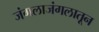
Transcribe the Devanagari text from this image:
जंगलाजंगलातून